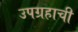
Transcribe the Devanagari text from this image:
उपग्रहाची